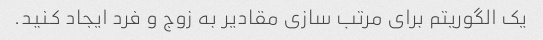
یک الگوریتم برای مرتب سازی مقادیر به زوج و فرد ایجاد کنید.